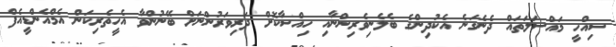
ސިއްހީ މައްސަލަތައް ދެނެގަނެ އެކުދިންގެ ބެލެނިވެރިންނާއި ހިއްސާކޮށް ދަރިވަރުންނަށް ބޭނުންވާ އެހީތެރިކަން އެމްއެންޑީއެފް